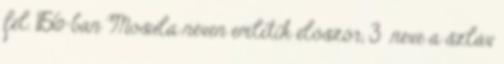
fel. 1156-ban Mosula néven említik először, 3 neve a szláv